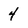
Character: 4